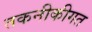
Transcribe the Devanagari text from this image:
तकनीकीगत